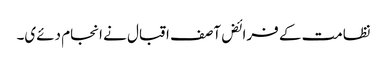
نظامت کے فرائض آصف اقبال نے انجام دئےی۔